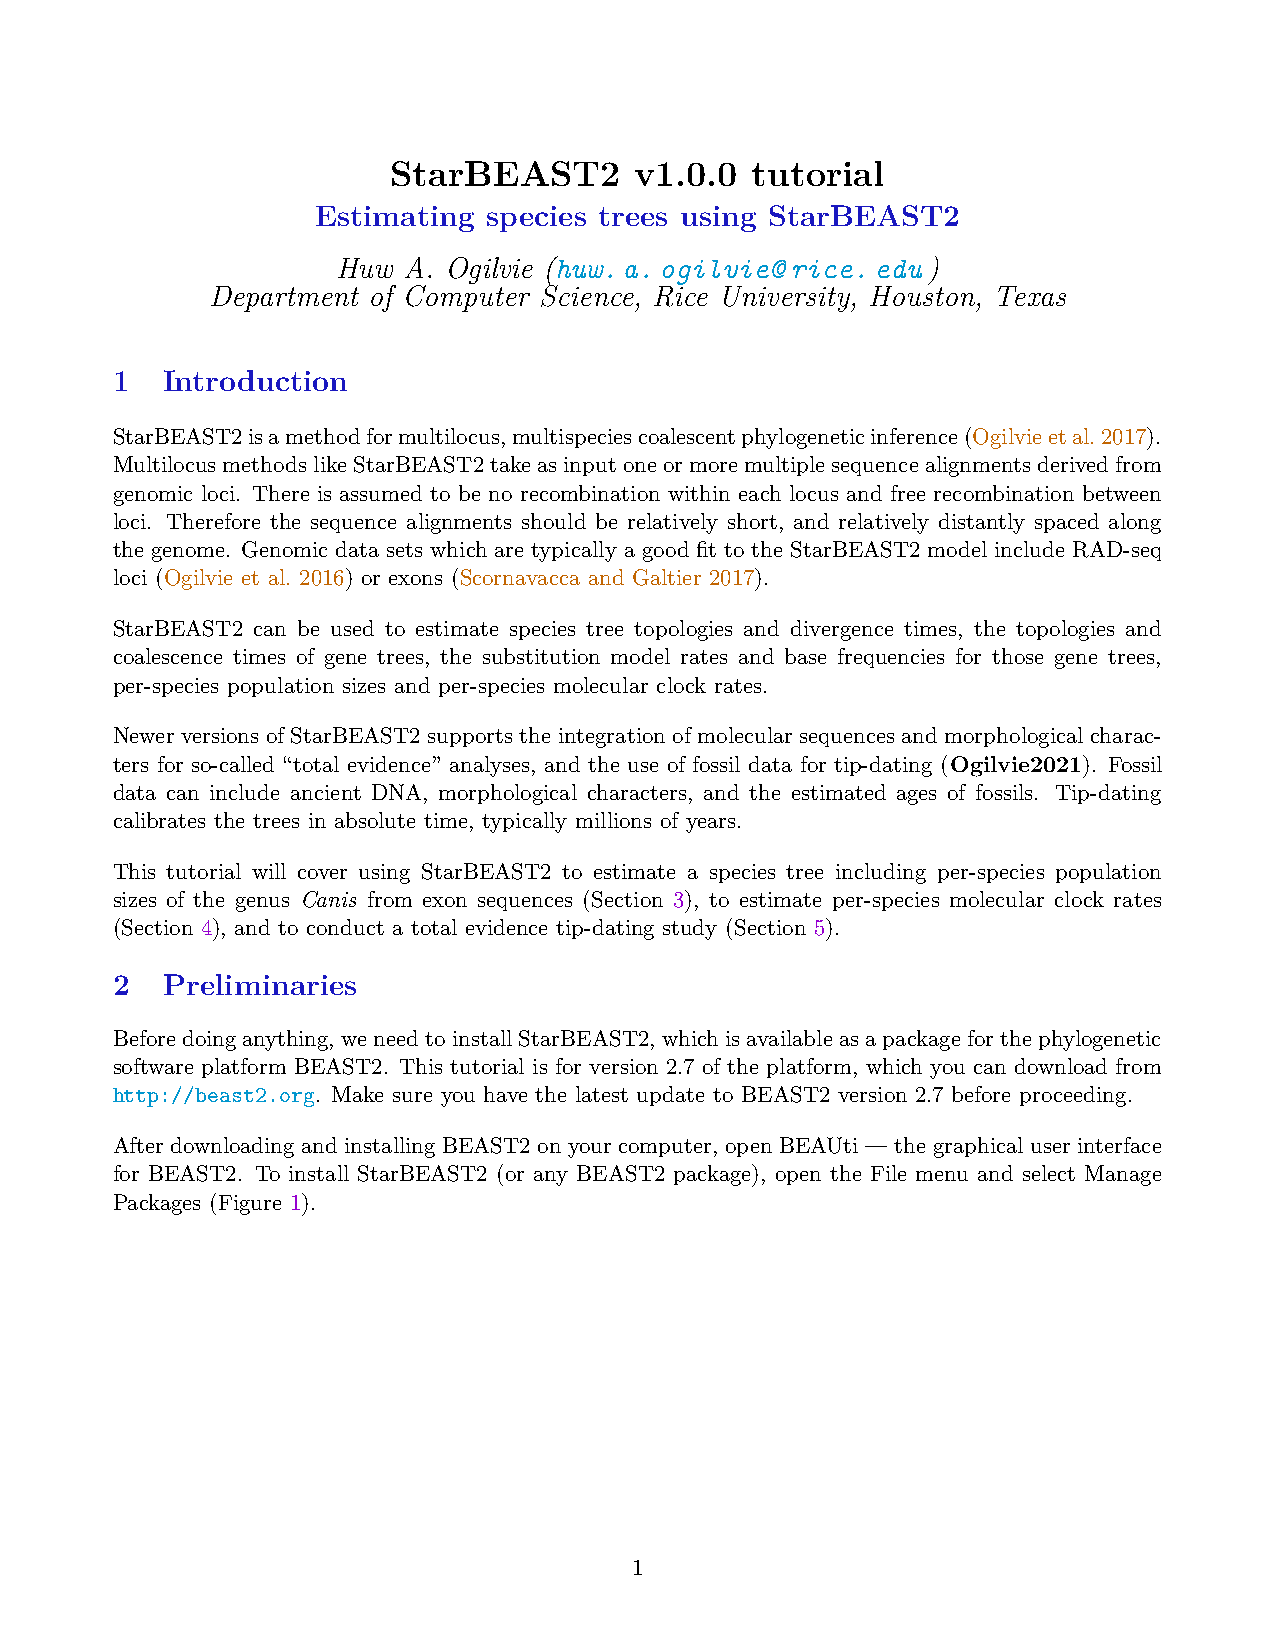
StarBEAST2      v1.0.0  tutorial
 Estimating species trees using StarBEAST2
 Huw  A. Ogilvie (huw.a.ogilvie@rice.edu)
 Department of Computer Science, Rice University, Houston, Texas
 1   Introduction
 StarBEAST2isamethodformultilocus,multispeciescoalescentphylogeneticinference(Ogilvieetal.2017).
 MultilocusmethodslikeStarBEAST2takeasinputoneormoremultiplesequencealignmentsderivedfrom
 genomic loci. There is assumed to be no recombination within each locus and free recombination between
 loci. Therefore the sequence alignments should be relatively short, and relatively distantly spaced along
 the genome. Genomic data sets which are typically a good fit to the StarBEAST2 model include RAD-seq
 loci (Ogilvie et al. 2016) or exons (Scornavacca and Galtier 2017).
 StarBEAST2 can be used to estimate species tree topologies and divergence times, the topologies and
 coalescence times of gene trees, the substitution model rates and base frequencies for those gene trees,
 per-species population sizes and per-species molecular clock rates.
 Newer versions of StarBEAST2 supports the integration of molecular sequences and morphological charac-
 ters for so-called “total evidence” analyses, and the use of fossil data for tip-dating (Ogilvie2021). Fossil
 data can include ancient DNA, morphological characters, and the estimated ages of fossils. Tip-dating
 calibrates the trees in absolute time, typically millions of years.
 This tutorial will cover using StarBEAST2 to estimate a species tree including per-species population
 sizes of the genus Canis from exon sequences (Section 3), to estimate per-species molecular clock rates
 (Section 4), and to conduct a total evidence tip-dating study (Section 5).
 2   Preliminaries
 Beforedoinganything, weneedtoinstallStarBEAST2, whichisavailableasapackageforthephylogenetic
 software platform BEAST2. This tutorial is for version 2.7 of the platform, which you can download from
 http://beast2.org. Make sure you have the latest update to BEAST2 version 2.7 before proceeding.
 After downloading and installing BEAST2 on your computer, open BEAUti — the graphical user interface
 for BEAST2. To install StarBEAST2 (or any BEAST2 package), open the File menu and select Manage
 Packages (Figure 1).
 1